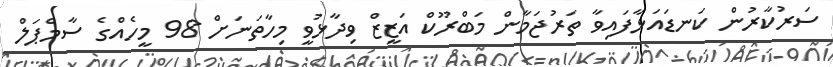
ސަރުކާރުން ކަނޑައަޅާފައިވާ ތަރުޖަމާން މަބްރޫކް އަޒީޒް ވިދާޅުވީ މިހާތަނަށް 98 މީހެއްގެ ސާމްޕަލް